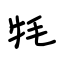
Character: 牦